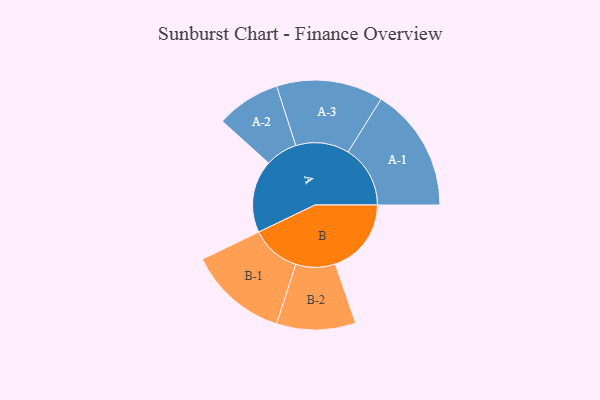
{"axis": {"x": "Segment", "y": "Value"}, "legend": ["", "A", "B"], "data": [{"x": "A", "y": 314, "type": ""}, {"x": "B", "y": 329, "type": ""}, {"x": "A-1", "y": 269, "type": "A"}, {"x": "A-2", "y": 139, "type": "A"}, {"x": "A-3", "y": 231, "type": "A"}, {"x": "B-1", "y": 215, "type": "B"}, {"x": "B-2", "y": 171, "type": "B"}]}